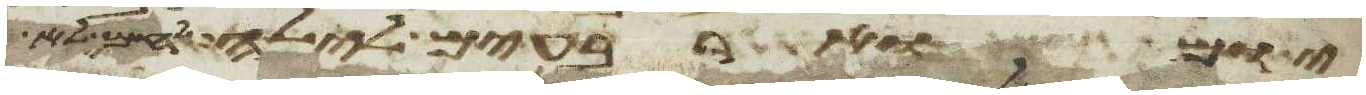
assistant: יום וארבעים לילה לחם לא